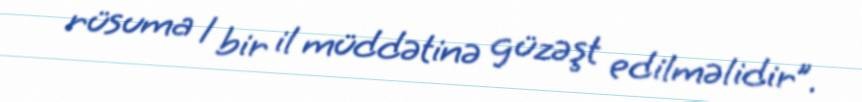
rüsuma 1 bir il müddətinə güzəşt edilməlidir”.